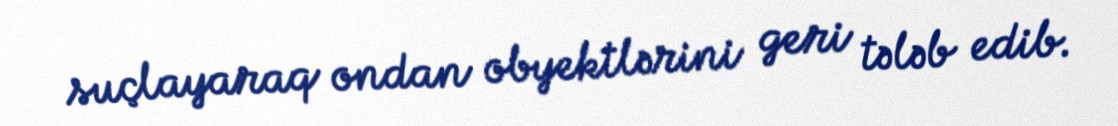
suçlayaraq ondan obyektlərini geri tələb edib.